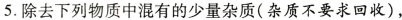
5.除去下列物质中混有的少量杂质(杂质不要求回收)，